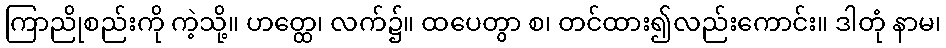
ကြာညိုစည်းကို ကဲ့သို့။ ဟတ္ထေ၊ လက်၌။ ထပေတွာ စ၊ တင်ထား၍လည်းကောင်း။ ဒါတုံ နာမ၊